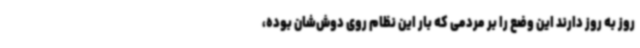
روز به روز دارند این وضع را بر مردمی که بار این نظام روی دوش‌شان بوده،